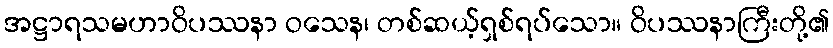
အဋ္ဌာရသမဟာဝိပဿနာ ဝသေန၊ တစ်ဆယ့်ရှစ်ရပ်သော။ ဝိပဿနာကြီးတို့၏